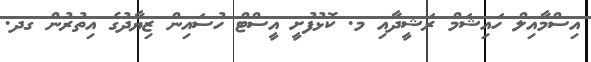
އިސްމާއިލް ހައިޝަމް ރަޝީދާއި މ. ކޮޅުފުށީ އީސްޓް ހުސައިން ޒިޔާދުގެ އިތުރުން ގދ.